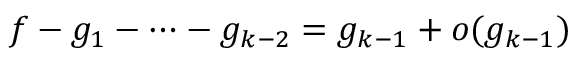
f - g _ { 1 } - \cdots - g _ { k - 2 } = g _ { k - 1 } + o ( g _ { k - 1 } )